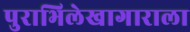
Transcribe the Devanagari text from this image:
पुराभिलेखागाराला